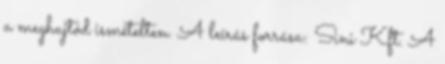
a meghajtód ismételten. A leírás forrása: Sini Kft. A